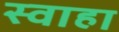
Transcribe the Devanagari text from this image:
स्‍वाहा